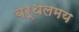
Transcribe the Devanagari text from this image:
बर्थलमय